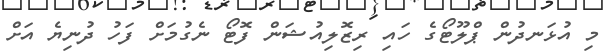
މި އުޅަނދުން ޕްލޫޓޯގެ ހައި ރިޒޮލިއުޝަން ފޮޓޯ ނެގުމަށް ފަހު ދުނިޔެ އަށް